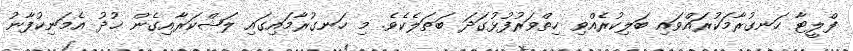
ފްލީޓާ ހަނގުރާމަކުރައްވައި ބަލިކުރެއްވި ހިތްވަރުފުޅުގަދަ ބަޠަލެކެވެ. މި ހަނގުރާމައިގައި ލަޝްކަރާއިގެން ޚުދު އެމަނިކުފާނު